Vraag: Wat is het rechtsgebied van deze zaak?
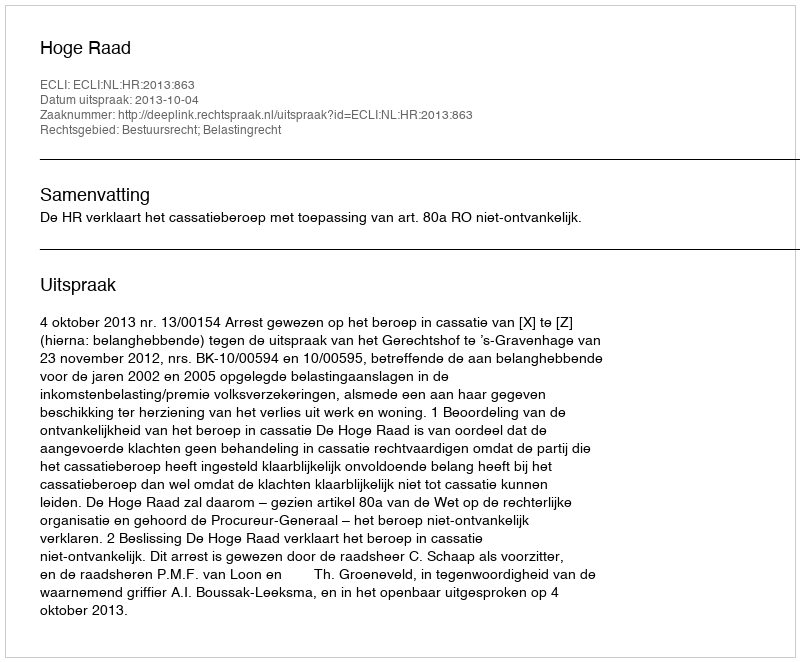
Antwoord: Bestuursrecht; Belastingrecht